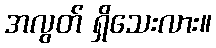
အလွတ် ရှိသေးလား။